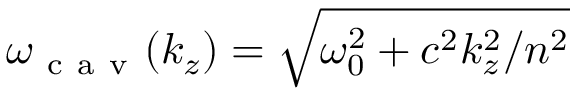
\omega _ { \mathrm { ~ c ~ a ~ v ~ } } ( k _ { z } ) = \sqrt { \omega _ { 0 } ^ { 2 } + c ^ { 2 } k _ { z } ^ { 2 } / n ^ { 2 } }